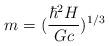
LaTeX: \begin{align*}m = (\frac{\hbar^2 H}{Gc})^{1/3}\end{align*}